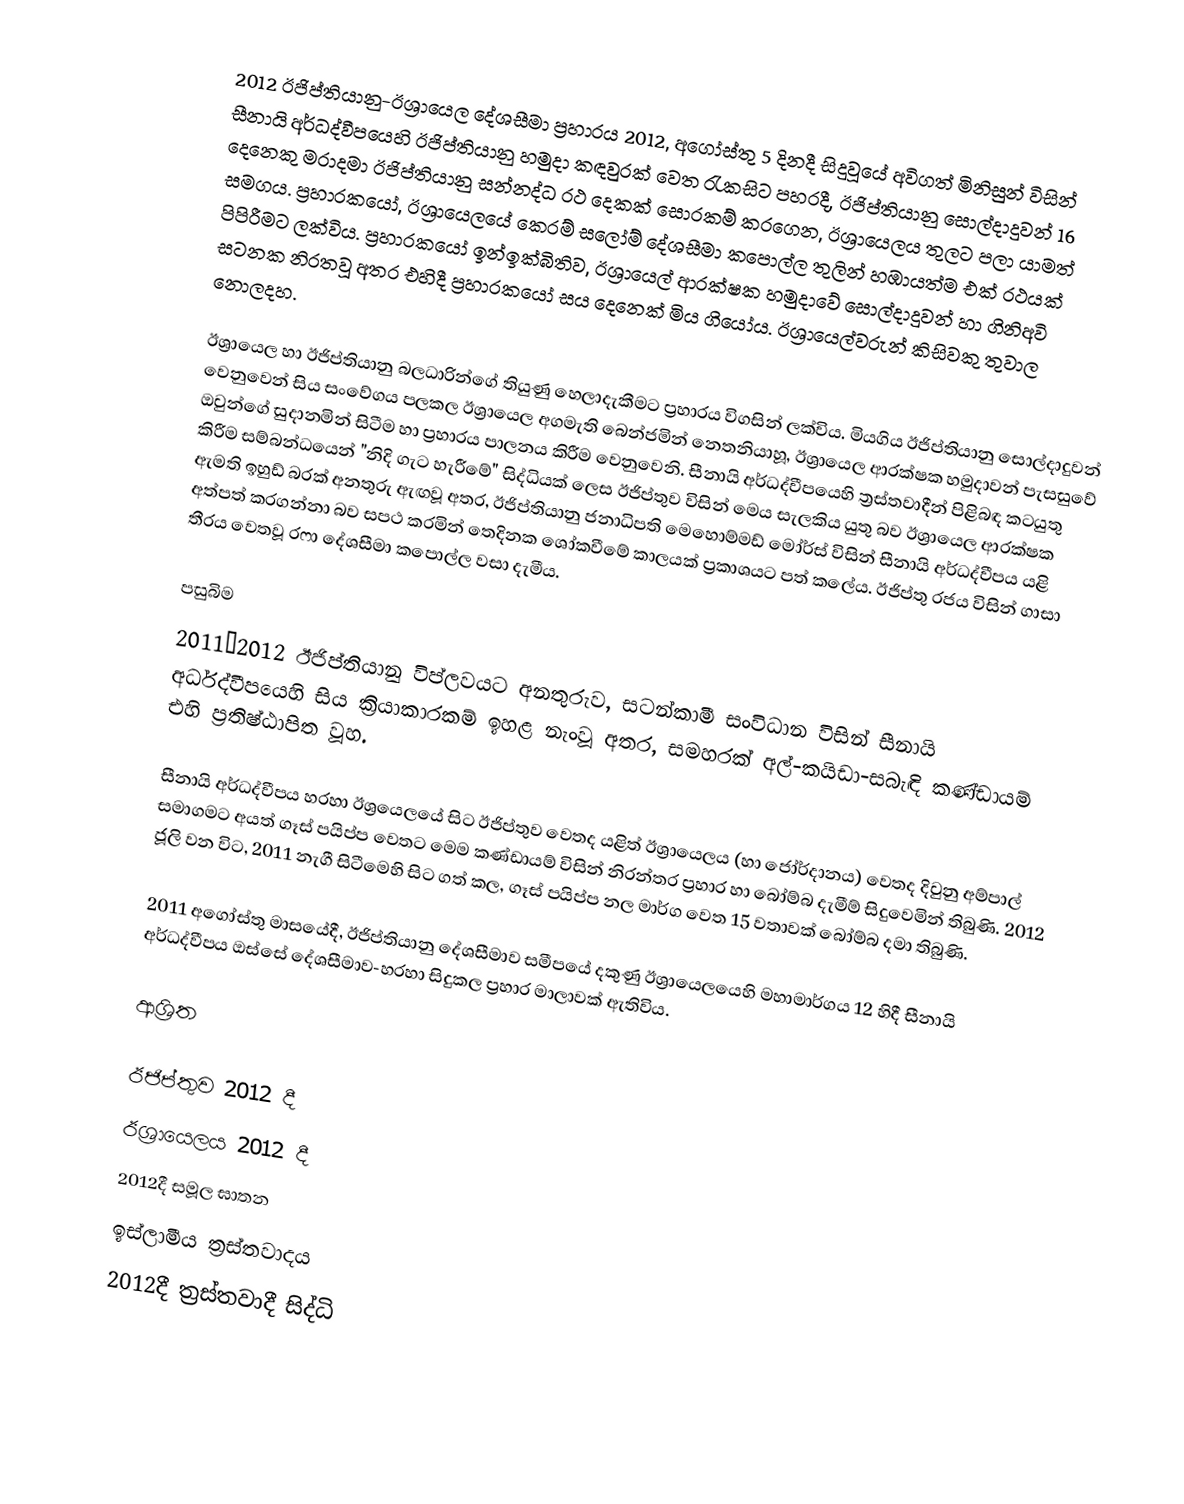
2012 ඊජිප්තියානු-ඊශ්‍රායෙල දේශසීමා ප්‍රහාරය 2012, අගෝස්තු 5 දිනදී සිදුවූයේ අවිගත් මිනිසුන් විසින්  සීනායි අර්ධද්වීපයෙහි ඊජිප්තියානු හමුදා කඳවුරක් වෙත රැකසිට පහරදී, ඊජිප්තියානු සොල්දාදුවන්  16 දෙනෙකු මරාදමා ඊජිප්තියානු   සන්නද්ධ රථ දෙකක් සොරකම් කරගෙන, ඊශ්‍රායෙලය තුලට පලා යාමත් සමගය.  ප්‍රහාරකයෝ, ඊශ්‍රායෙලයේ කෙරම් සලෝම් දේශසීමා කපොල්ල තුලින් හඹායත්ම එක් රථයක් පිපිරීමට ලක්විය.  ප්‍රහාරකයෝ ඉන්ඉක්බිතිව,   ඊශ්‍රායෙල් ආරක්ෂක හමුදාවේ සොල්දාදුවන් හා ගිනිඅවි සටනක නිරතවූ අතර එහිදී ප්‍රහාරකයෝ සය දෙනෙක් මිය ගියෝය. ඊශ්‍රායෙල්වරුන් කිසිවකු තුවාල නොලදහ.

ඊශ්‍රායෙල හා ඊජිප්තියානු බලධාරින්ගේ තියුණු හෙලාදැකීමට ප්‍රහාරය විගසින් ලක්විය.  මියගිය ඊජිප්තියානු සොල්දාදුවන් වෙනුවෙන් සිය සංවේගය පලකල ඊශ්‍රායෙල අගමැති බෙන්ජමින් නෙතනියාහූ, ඊශ්‍රායෙල ආරක්ෂක හමුදාවන් පැසසුවේ ඔවුන්ගේ සුදානමින් සිටීම හා ප්‍රහාරය පාලනය කිරීම වෙනුවෙනි.  සීනායි අර්ධද්වීපයෙහි ත්‍රස්තවාදීන් පිළිබඳ කටයුතු කිරීම සම්බන්ධයෙන්  "නිදි ගැට හැරීමේ" සිද්ධියක් ලෙස ඊජිප්තුව විසින් මෙය සැලකිය යුතු බව  ඊශ්‍රායෙල ආරක්ෂක ඇමති ඉහුඩ් බරක් අනතුරු ඇඟවූ අතර, ඊජිප්තියානු ජනාධිපති මෙහොම්මඩ් මෝර්ස් විසින් සීනායි අර්ධද්වීපය යළි අත්පත් කරගන්නා බව සපථ කරමින් තෙදිනක ශෝකවීමේ කාලයක් ප්‍රකාශයට පත් කලේය.  ඊජිප්තු රජය විසින් ගාසා තීරය වෙතවූ රෆා දේශසීමා කපොල්ල වසා දැමීය.

පසුබිම
2011–2012 ඊජිප්තියානු විප්ලවයට අනතුරුව, සටන්කාමී සංවිධාන විසින්  සීනායි අර්ධද්වීපයෙහි සිය ක්‍රියාකාරකම් ඉහළ නැංවූ අතර, සමහරක්  අල්-කයිඩා-සබැඳි කණ්ඩායම් එහි ප්‍රතිෂ්ඨාපිත වූහ.

සීනායි අර්ධද්වීපය හරහා ඊශ්‍රයෙලයේ සිට ඊජිප්තුව වෙතද යළිත් ඊශ්‍රායෙලය (හා ජෝර්දානය) වෙතද දිවුනු අම්පාල් සමාගමට අයත් ගෑස් පයිප්ප වෙතට මෙම කණ්ඩායම් විසින් නිරන්තර ප්‍රහාර හා බෝම්බ දැමීම් සිදුවෙමින් තිබුණි.  2012 ජූලි වන විට, 2011  නැගී සිටීමෙහි සිට ගත් කල, ගෑස් පයිප්ප නල මාර්ග වෙත 15 වතාවක් බෝම්බ දමා තිබුණි.

2011 අගෝස්තු  මාසයේදී, ඊජිප්තියානු දේශසීමාව සමීපයේ  දකුණු  ඊශ්‍රායෙලයෙහි මහාමාර්ගය 12 හිදී සීනායි අර්ධද්වීපය ඔස්සේ දේශසීමාව-හරහා සිදුකල ප්‍රහාර මාලාවක්  ඇතිවිය.

ආශ්‍රිත

ඊජිප්තුව 2012 දී
ඊශ්‍රායෙලය 2012 දී
2012දී සමූල ඝාතන
ඉස්ලාමීය ත්‍රස්තවාදය
2012දී ත්‍රස්තවාදී සිද්ධි